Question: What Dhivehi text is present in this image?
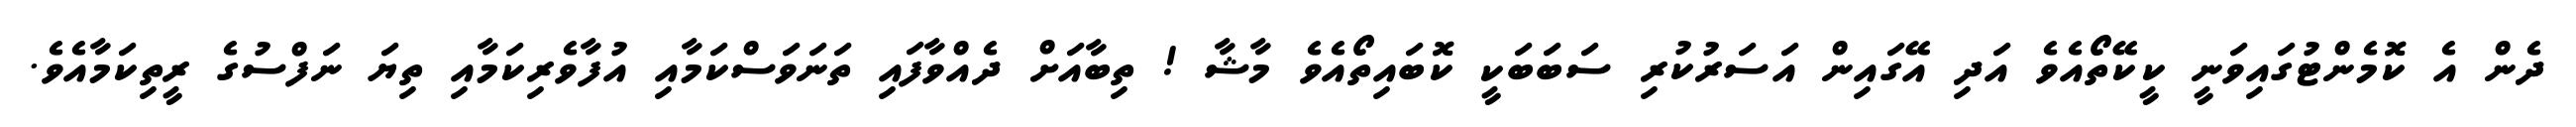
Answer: ދެން އެ ކޮމެންޓުގައިވަނީ ކީކޭތޯއެވެ އަދި އޭގައިން އަސަރުކުރި ސަބަބަކީ ކޮބައިތޯއެވެ މާޝާ ! ތިބާއަށް ދެއްވާފައި ތަނަވަސްކަމާއި އުފާވެރިކަމާއި ތިޔަ ނަފްސުގެ ރީތިކަމާއެވެ.